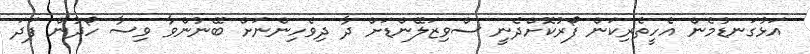
އަޅުގަނޑުމެން އެހީތެރިކަން ފޯރުކޮށްދެނީ ސްވިޒަލޭންޑަށް ދާ ދިވެހިންނަށް ބޭނުންވާ ވިސާ ހޯދުން ފަދަ